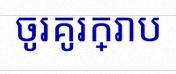
ចូរគូរក្រាប